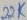
Text: 22K